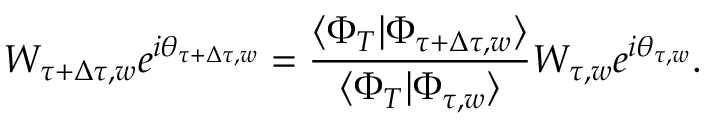
W _ { \tau + \Delta \tau , w } e ^ { i \theta _ { \tau + \Delta \tau , w } } = \frac { \langle \Phi _ { T } | \Phi _ { \tau + \Delta \tau , w } \rangle } { \langle \Phi _ { T } | \Phi _ { \tau , w } \rangle } W _ { \tau , w } e ^ { i \theta _ { \tau , w } } .